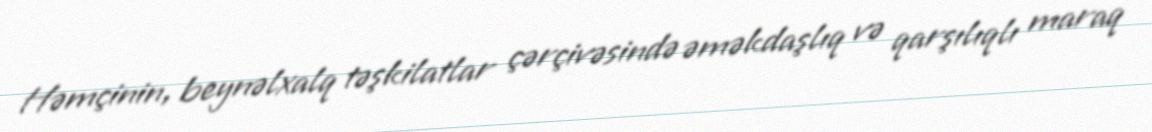
Həmçinin, beynəlxalq təşkilatlar çərçivəsində əməkdaşlıq və qarşılıqlı maraq